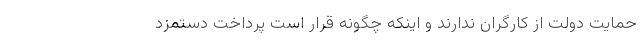
حمایت دولت از کارگران ندارند و اینکه چگونه قرار است پرداخت دستمزد